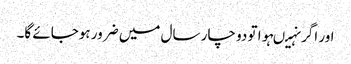
اور اگر نہیںہوا تو دو چار سال میں ضرور ہوجائے گا۔